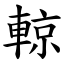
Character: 輬